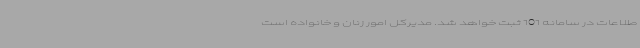
طلاعات در سامانه 101 ثبت خواهد شد. مدیرکل امور زنان و خانواده است